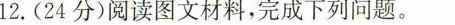
12.(24分)阅读图文材料，完成下列问题。